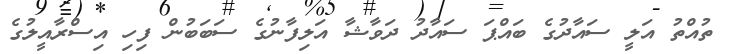
ތުއްތު އަލީ ސައާދުގެ ބައްޕަ ސައާދު ދަވާޝާ އަލިފާނުގެ ސަބަބުން ފިހި އިސްރާއީލުގެ